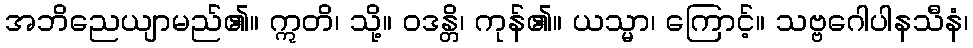
အဘိညေယျာမည်၏။ ဣတိ၊ သို့။ ဝဒန္တိ၊ ကုန်၏။ ယသ္မာ၊ ကြောင့်။ သဗ္ဗဂေါပါနသီနံ၊